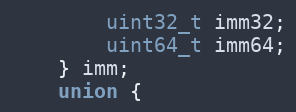
Language: C
        uint32_t imm32;
        uint64_t imm64;
    } imm;
    union {